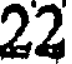
22